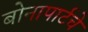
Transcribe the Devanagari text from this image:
बोनापार्टचे